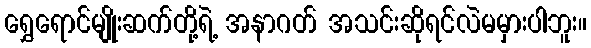
ရွှေရောင်မျိုးဆက်တို့ရဲ့ အနာဂတ် အသင်းဆိုရင်လဲမမှားပါဘူး။